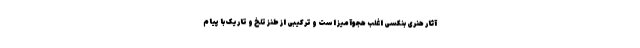
آثار هنری بنکسی اغلب هجوآمیز است و ترکیبی از طنز تلخ و تاریک با پیام